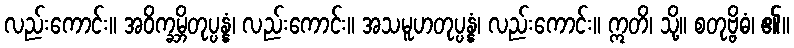
လည်းကောင်း။ အဝိက္ခမ္ဘိတုပ္ပန္နံ၊ လည်းကောင်း။ အသမူဟတုပ္ပန္နံ၊ လည်းကောင်း။ ဣတိ၊ သို့။ စတုဗ္ဗိဓံ၊ ၏။